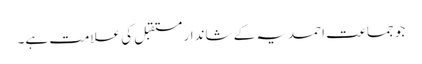
جو جماعت احمدیہ کے شاندار مستقبل کی علامت ہے۔